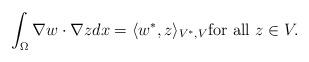
LaTeX: \begin{align*} \int_{\Omega }^{}\nabla w\cdot \nabla z dx = \langle w^*,z \rangle _{V^*,V}\hbox{for~all~} z \in V.\end{align*}